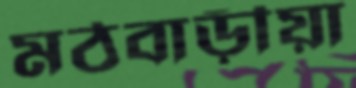
মঠবাড়ীয়া